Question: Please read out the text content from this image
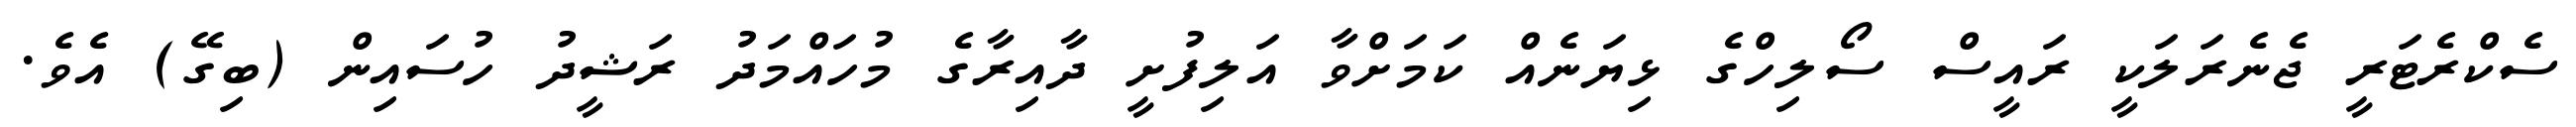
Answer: ސެކްރެޓަރީ ޖެނެރަލަކީ ރައީސް ސޯލިހްގެ ޅިޔަނެއް ކަމަށްވާ އަލިފުށީ ދާއިރާގެ މުހައްމަދު ރަޝީދު ހުސައިން (ބިގޭ) އެވެ.